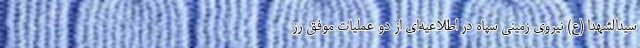
سیدالشهدا (ع) نیروی زمینی سپاه در اطلاعیه‌ای از دو عملیات موفق رز